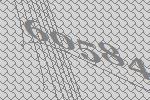
60584